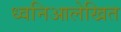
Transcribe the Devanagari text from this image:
ध्वनिआलेखित